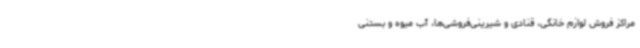
مراکز فروش لوازم خانگی، قنادی و شیرینی‌فروشی‌ها، آب میوه و بستنی‌